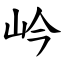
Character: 岒